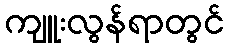
ကျူးလွန်ရာတွင်